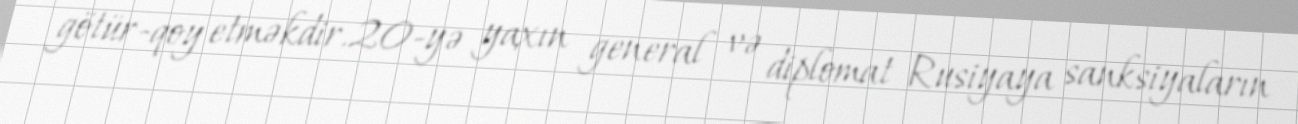
götür-qoy etməkdir.20-yə yaxın general və diplomat Rusiyaya sanksiyaların